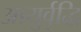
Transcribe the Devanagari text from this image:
आयुर्वृद्धि